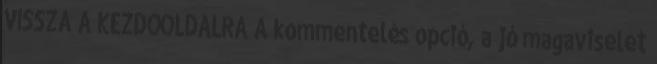
VISSZA A KEZDŐOLDALRA A kommentelés opció, a jó magaviselet